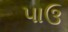
પાઉ